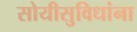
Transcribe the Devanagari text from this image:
सोयीसुविधांना